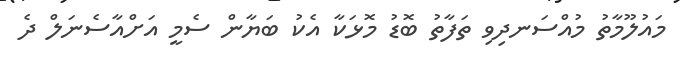
މައުލޫމާތު މުއްސަނދިވި ތަފާތު ބޮޑު މޮޅަކާ އެކު ބަޔާން ސެމީ އަށްއާސެނަލް ދެ